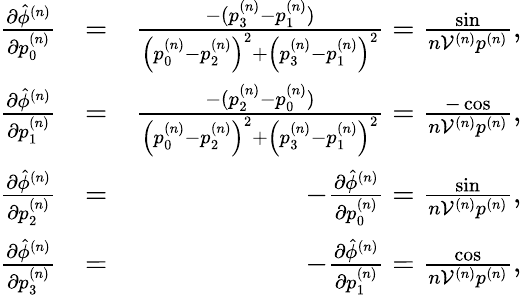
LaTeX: \begin{array}{rlr}{\frac{\partial\hat{\phi}^{(n)}}{\partial p_{0}^{(n)}}}&{=}&{\frac{-(p_{3}^{(n)}-p_{1}^{(n)})}{\left(p_{0}^{(n)}-p_{2}^{(n)}\right)^{2}+\left(p_{3}^{(n)}-p_{1}^{(n)}\right)^{2}}=\frac{\sin}{n\mathcal{V}^{(n)}p^{(n)}},}\\ {\frac{\partial\hat{\phi}^{(n)}}{\partial p_{1}^{(n)}}}&{=}&{\frac{-(p_{2}^{(n)}-p_{0}^{(n)})}{\left(p_{0}^{(n)}-p_{2}^{(n)}\right)^{2}+\left(p_{3}^{(n)}-p_{1}^{(n)}\right)^{2}}=\frac{-\cos}{n\mathcal{V}^{(n)}p^{(n)}},}\\ {\frac{\partial\hat{\phi}^{(n)}}{\partial p_{2}^{(n)}}}&{=}&{-\frac{\partial\hat{\phi}^{(n)}}{\partial p_{0}^{(n)}}=\frac{\sin}{n\mathcal{V}^{(n)}p^{(n)}},}\\ {\frac{\partial\hat{\phi}^{(n)}}{\partial p_{3}^{(n)}}}&{=}&{-\frac{\partial\hat{\phi}^{(n)}}{\partial p_{1}^{(n)}}=\frac{\cos}{n\mathcal{V}^{(n)}p^{(n)}},}\end{array}